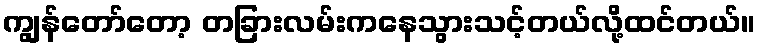
ကျွန်တော်တော့ တခြားလမ်းကနေသွားသင့်တယ်လို့ထင်တယ်။